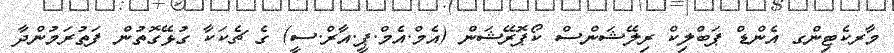
މާރކެޓިންގ އެންޑް ޕަބްލިކް ރިލޭޝަންސް ކޯޕޮރޭޝަން (އެމް.އެމް.ޕީ.އާރް.ސީ) ގެ ޗެކަކާ ގުޅޭގޮތުން ފަތުރަމުންދާ